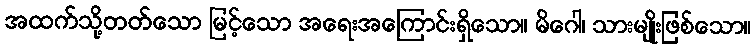
အထက်သို့တတ်သော မြင့်သော အရေးအကြောင်းရှိသော။ မိဂေါ၊ သားမျိုးဖြစ်သော။